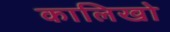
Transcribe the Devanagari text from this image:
कालिखो